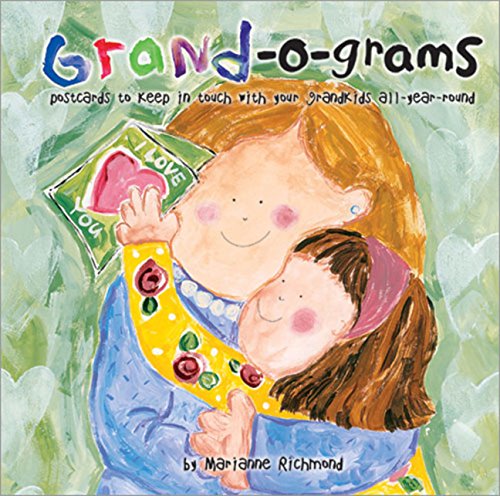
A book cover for Grand-o-grams: Postcards to Keep in Touch with Your Grandkids All Year Round (Marianne Richmond); Marianne Richmond; Parenting & Relationships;